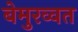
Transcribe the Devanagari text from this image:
बेमुरव्वत